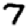
Digit: 7